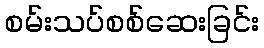
စမ်းသပ်စစ်ဆေးခြင်း